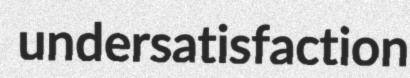
undersatisfaction